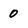
Character: 0